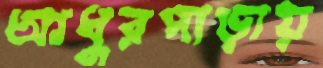
আধুরপাড়ায়